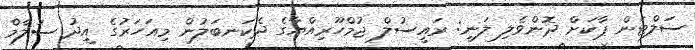
ސަލްޓަން ޕާކަށް ދޮންވެލި ލަނީ: ރައީސުލް ޖުމްހޫރިއްޔާގެ ދެކަނބަލުން މިއަހަރުގެ އީދު ސަލާމް